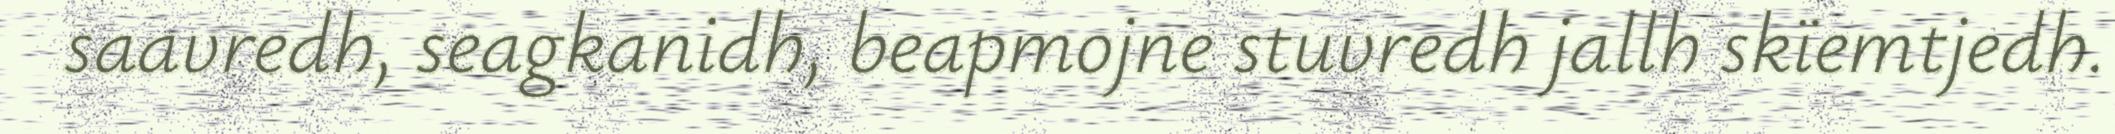
saavredh, seagkanidh, beapmojne stuvredh jallh skïemtjedh.